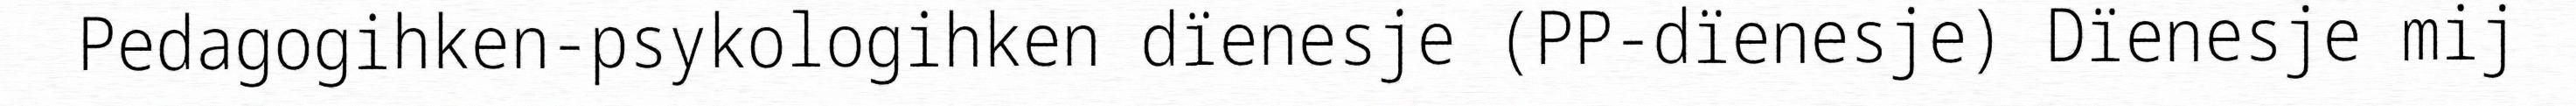
Pedagogihken-psykologihken dïenesje (PP-dïenesje) Dïenesje mij